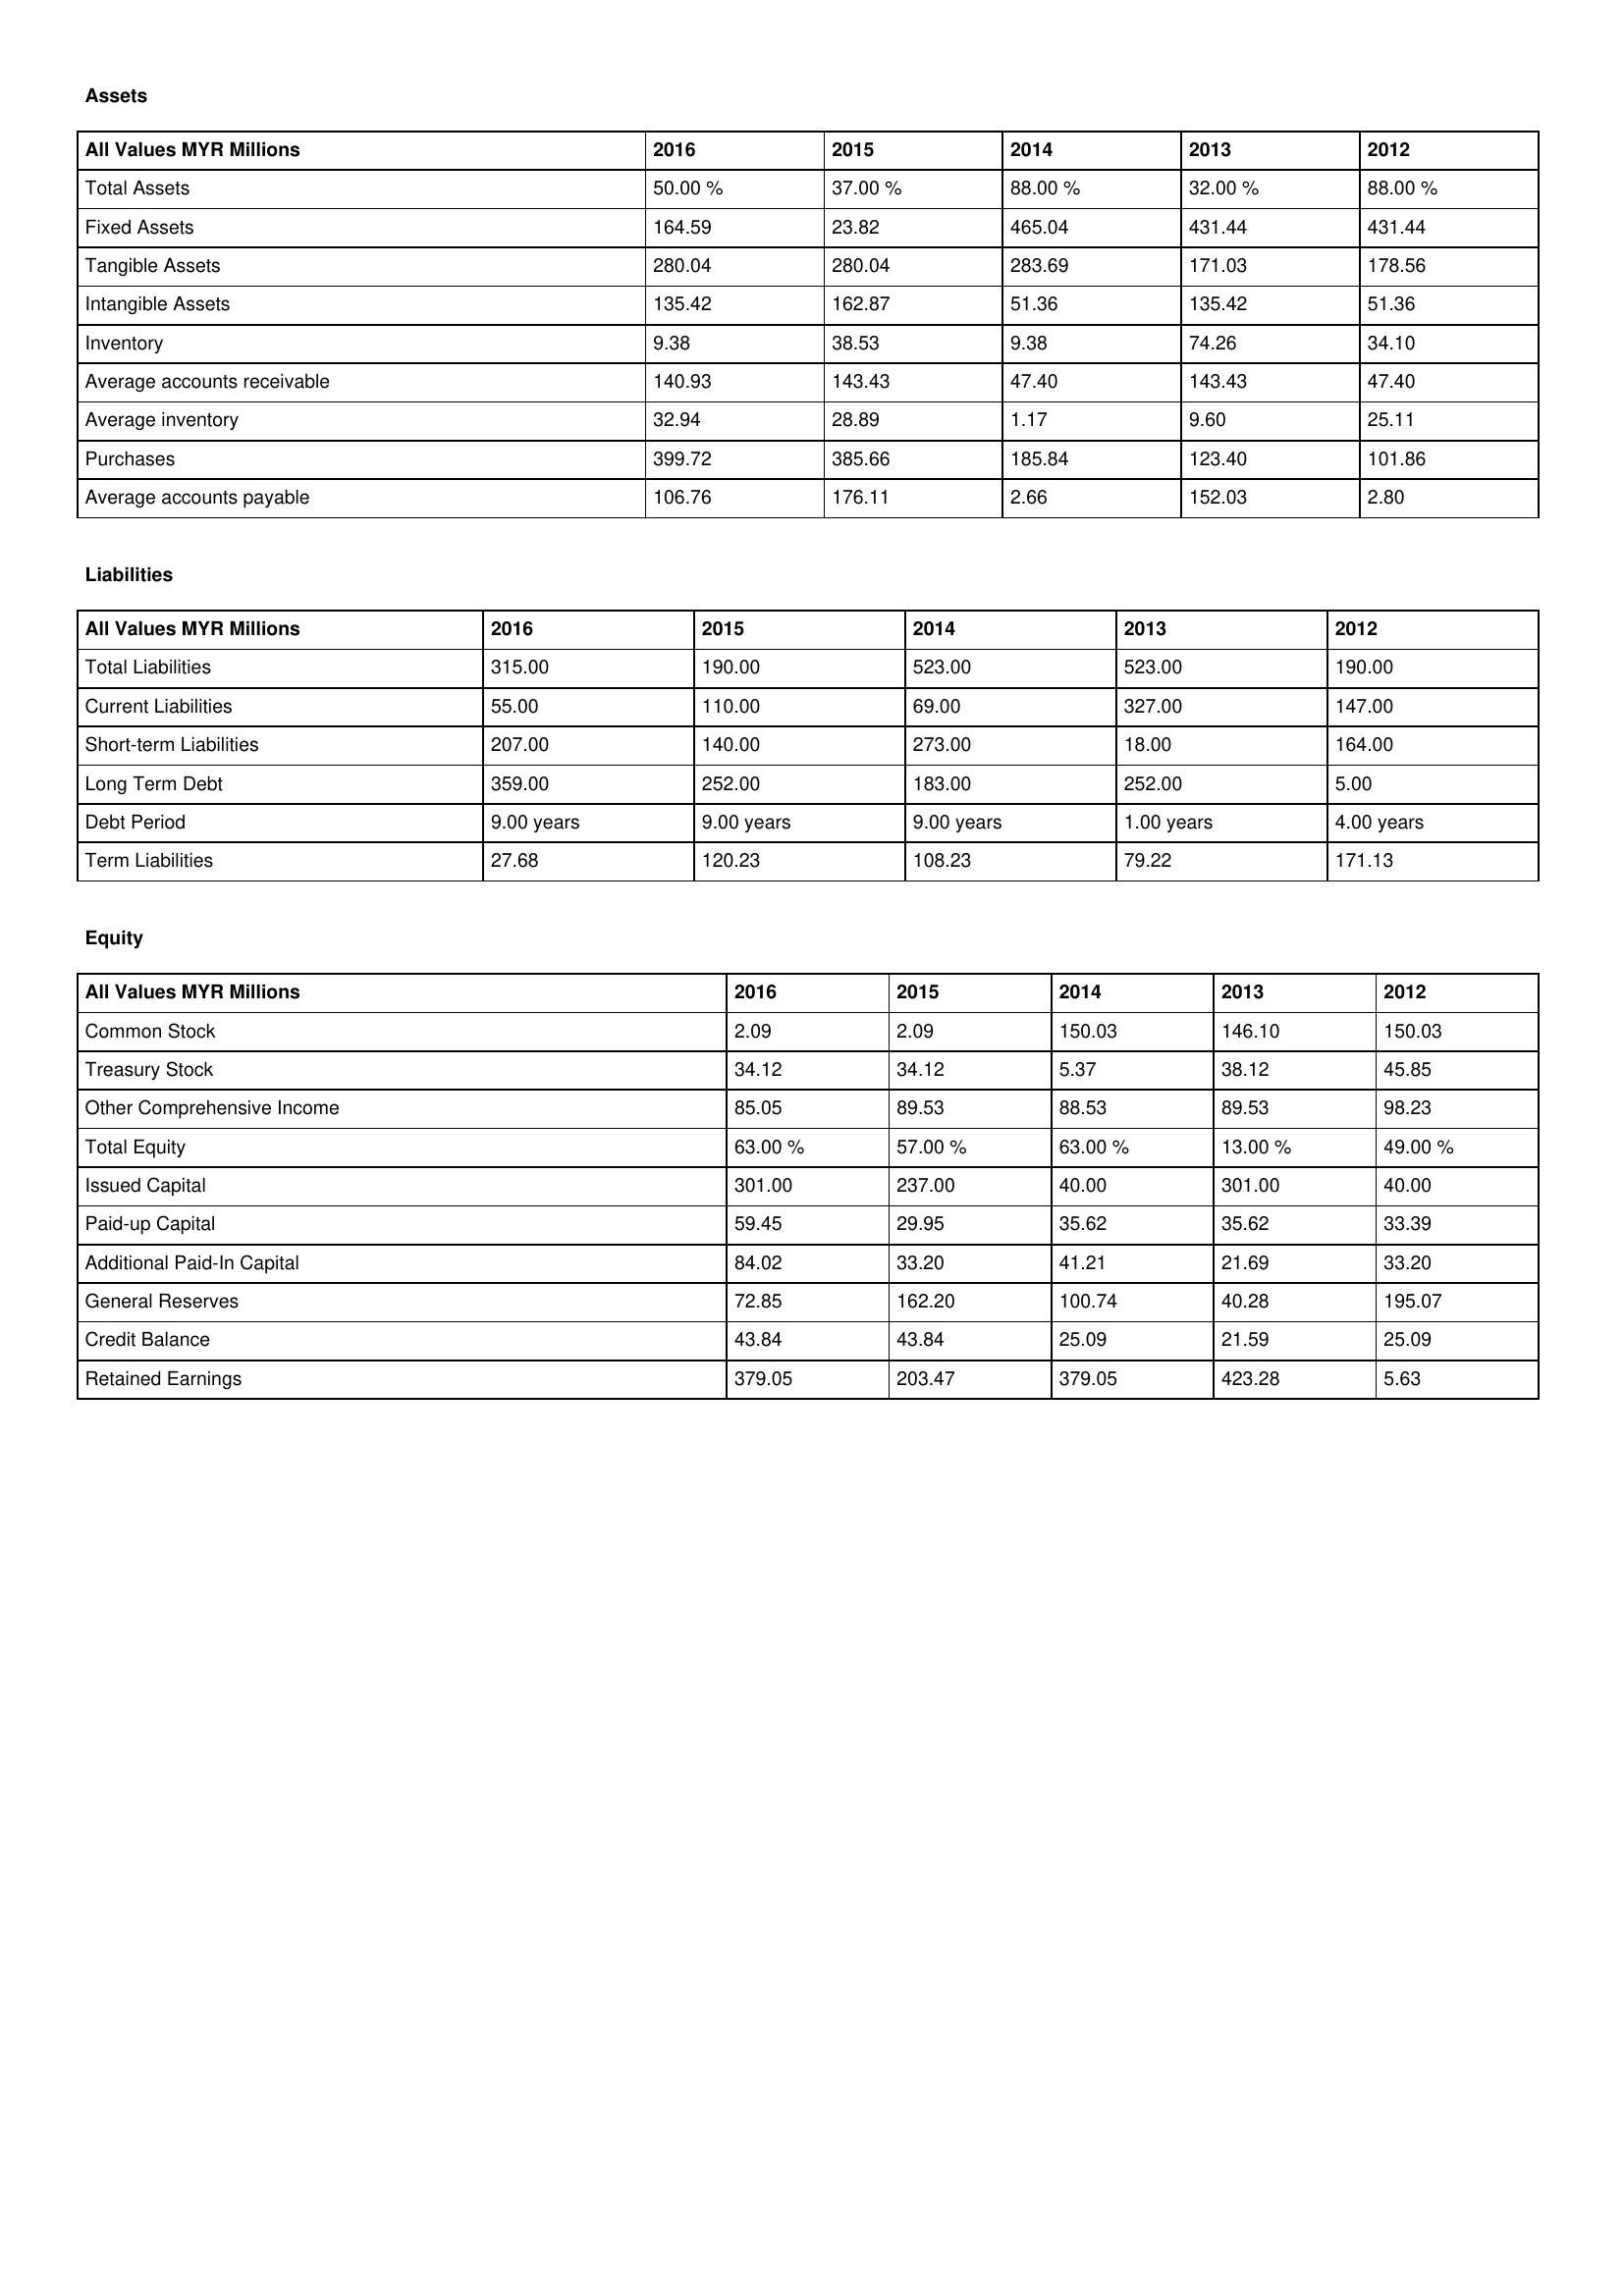
gt_parse: 2016: Assets: Total Assets: 50.00 %
Fixed Assets: 164.59
Tangible Assets: 280.04
Intangible Assets: 135.42
Inventory: 9.38
Average accounts receivable: 140.93
Average inventory: 32.94
Purchases: 399.72
Average accounts payable: 106.76
Liabilities: Total Liabilities: 315.00
Current Liabilities: 55.00
Short-term Liabilities: 207.00
Long Term Debt: 359.00
Debt Period: 9.00 years
Term Liabilities: 27.68
Equity: Common Stock: 2.09
Treasury Stock: 34.12
Other Comprehensive Income: 85.05
Total Equity: 63.00 %
Issued Capital: 301.00
Paid-up Capital: 59.45
Additional Paid-In Capital: 84.02
General Reserves: 72.85
Credit Balance: 43.84
Retained Earnings: 379.05
2015: Assets: Total Assets: 37.00 %
Fixed Assets: 23.82
Tangible Assets: 280.04
Intangible Assets: 162.87
Inventory: 38.53
Average accounts receivable: 143.43
Average inventory: 28.89
Purchases: 385.66
Average accounts payable: 176.11
Liabilities: Total Liabilities: 190.00
Current Liabilities: 110.00
Short-term Liabilities: 140.00
Long Term Debt: 252.00
Debt Period: 9.00 years
Term Liabilities: 120.23
Equity: Common Stock: 2.09
Treasury Stock: 34.12
Other Comprehensive Income: 89.53
Total Equity: 57.00 %
Issued Capital: 237.00
Paid-up Capital: 29.95
Additional Paid-In Capital: 33.20
General Reserves: 162.20
Credit Balance: 43.84
Retained Earnings: 203.47
2014: Assets: Total Assets: 88.00 %
Fixed Assets: 465.04
Tangible Assets: 283.69
Intangible Assets: 51.36
Inventory: 9.38
Average accounts receivable: 47.40
Average inventory: 1.17
Purchases: 185.84
Average accounts payable: 2.66
Liabilities: Total Liabilities: 523.00
Current Liabilities: 69.00
Short-term Liabilities: 273.00
Long Term Debt: 183.00
Debt Period: 9.00 years
Term Liabilities: 108.23
Equity: Common Stock: 150.03
Treasury Stock: 5.37
Other Comprehensive Income: 88.53
Total Equity: 63.00 %
Issued Capital: 40.00
Paid-up Capital: 35.62
Additional Paid-In Capital: 41.21
General Reserves: 100.74
Credit Balance: 25.09
Retained Earnings: 379.05
2013: Assets: Total Assets: 32.00 %
Fixed Assets: 431.44
Tangible Assets: 171.03
Intangible Assets: 135.42
Inventory: 74.26
Average accounts receivable: 143.43
Average inventory: 9.60
Purchases: 123.40
Average accounts payable: 152.03
Liabilities: Total Liabilities: 523.00
Current Liabilities: 327.00
Short-term Liabilities: 18.00
Long Term Debt: 252.00
Debt Period: 1.00 years
Term Liabilities: 79.22
Equity: Common Stock: 146.10
Treasury Stock: 38.12
Other Comprehensive Income: 89.53
Total Equity: 13.00 %
Issued Capital: 301.00
Paid-up Capital: 35.62
Additional Paid-In Capital: 21.69
General Reserves: 40.28
Credit Balance: 21.59
Retained Earnings: 423.28
2012: Assets: Total Assets: 88.00 %
Fixed Assets: 431.44
Tangible Assets: 178.56
Intangible Assets: 51.36
Inventory: 34.10
Average accounts receivable: 47.40
Average inventory: 25.11
Purchases: 101.86
Average accounts payable: 2.80
Liabilities: Total Liabilities: 190.00
Current Liabilities: 147.00
Short-term Liabilities: 164.00
Long Term Debt: 5.00
Debt Period: 4.00 years
Term Liabilities: 171.13
Equity: Common Stock: 150.03
Treasury Stock: 45.85
Other Comprehensive Income: 98.23
Total Equity: 49.00 %
Issued Capital: 40.00
Paid-up Capital: 33.39
Additional Paid-In Capital: 33.20
General Reserves: 195.07
Credit Balance: 25.09
Retained Earnings: 5.63